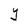
Character: Y